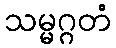
သမ္မဂ္ဂတံ